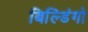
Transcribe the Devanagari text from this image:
बिल्डिंगो